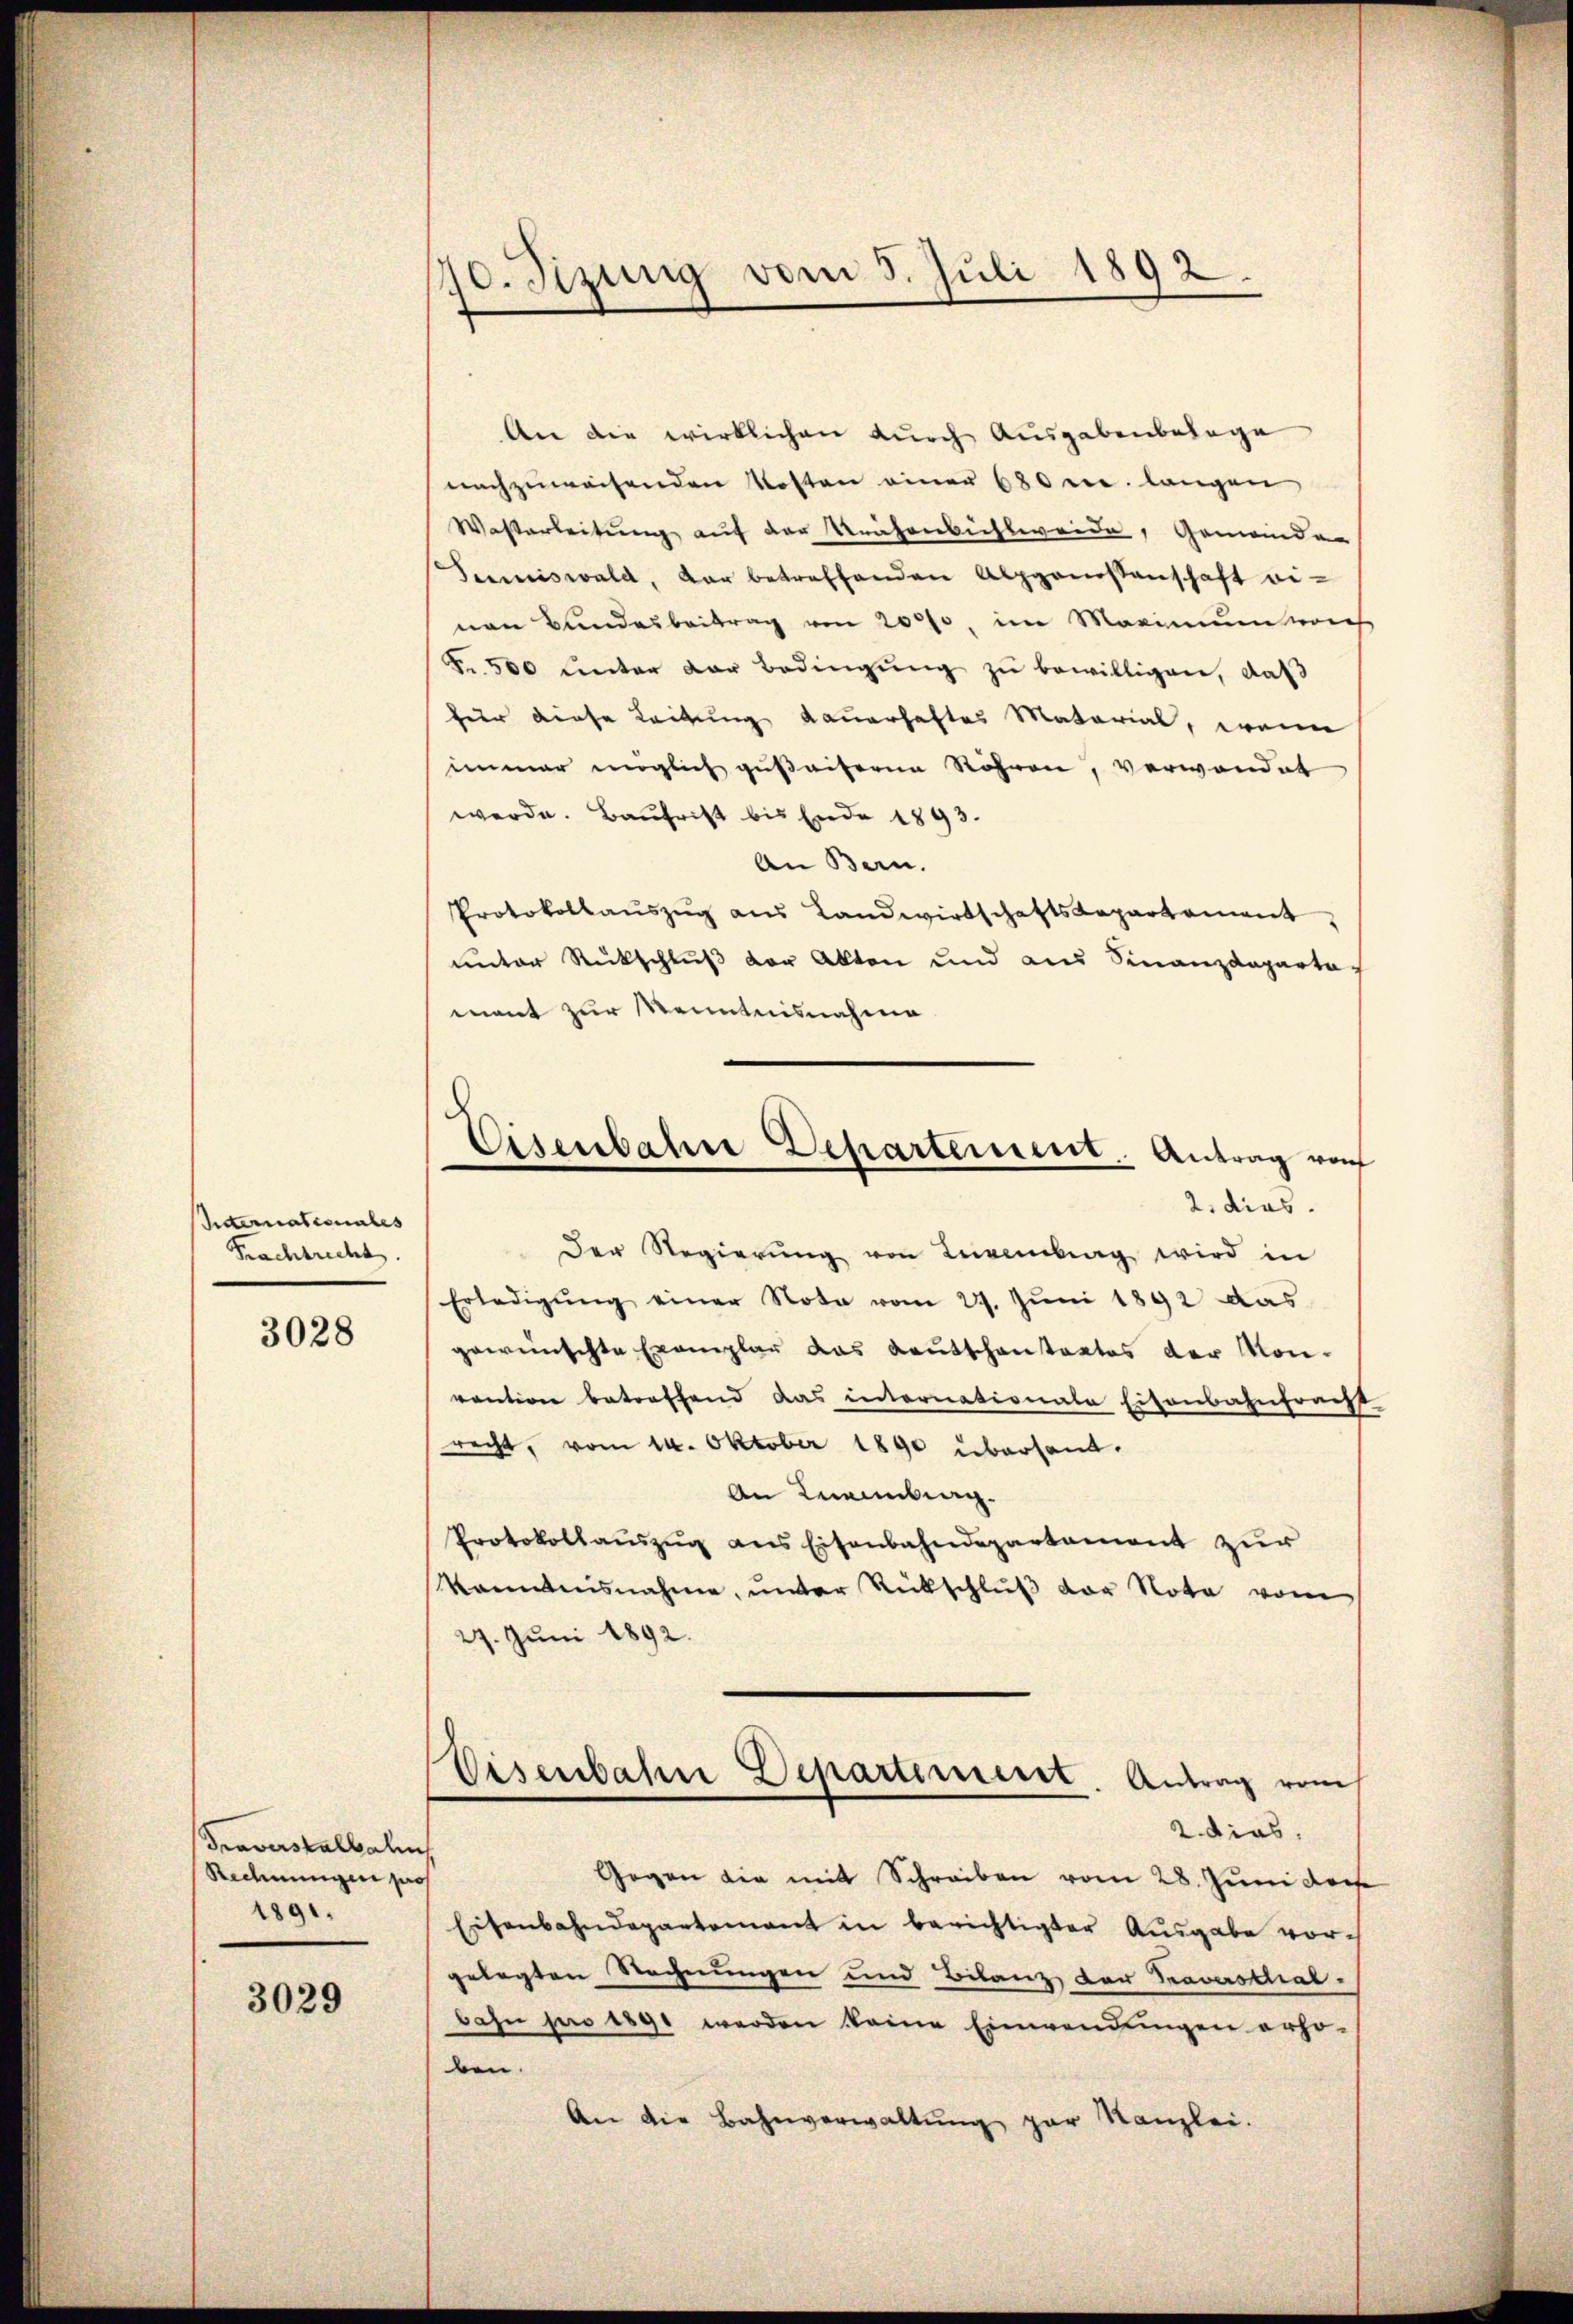
Internationales
Krachtrecht.

3028

Traverstalbahn
Rechnungen pro
1891.

3029

70. Sizung vom 5. Juli 1892.

Eisenbahre Departement. Antrag von

An die wirklichen durch Ausgabenbelage
nachzuweisenden Kosten einer 680 u. langen
Wasterleitung auf der Reichenbichlweide, Gemeinden
Sumiswald, dar betreffenden Alpgenossenschaft ei-
nen Bundesbeitrag von 20000, im Maximumspries
Fr. 500 unter der Bedingŭng zu bewilligen, daß
für diese Leitung dauerhaftes Material, wenn
immer möglich gußeiferne Röhren, verwendet
werde. Baufrist bis Ende 1893.
An Bern.
Protokollauszug aus Landwirtschaftskapartement
unter Rückschluß der Akten und aus Finanzdeparta
mant zur Kenntnisnahme
2. dies
Der Regierŭng von Levenberg wird in
Erledigŭng einer Nota vom 27. Jŭni 1892 das
gewünschte Exemplar das Kautschantactes der Mon-
ventione betreffend das internationale Eisenbahnfracht
recht, vom 14. Oktober 1890 übersand¬
An Kneintrag.
Protokollauszug aus Eisenbahndepartement zur
kanntnisnahme, unter Rückschlŭβ der Nota vom
27. Juni 1892.
Eisenbahn Departement. Antrag vom
2 dies
Gegen die mit Schreiben vom 28. Juni der
Eisenbahndepartement in berichtigter Ausgabe vorgelegten Rechnungen und Bilanz der Pravasthal.
bahn pro 1890 werden keine Einwendungen erho-
ben.
An die Bahnverwaltung par Kanzlei.